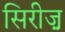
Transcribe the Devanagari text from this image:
सिरीज़़